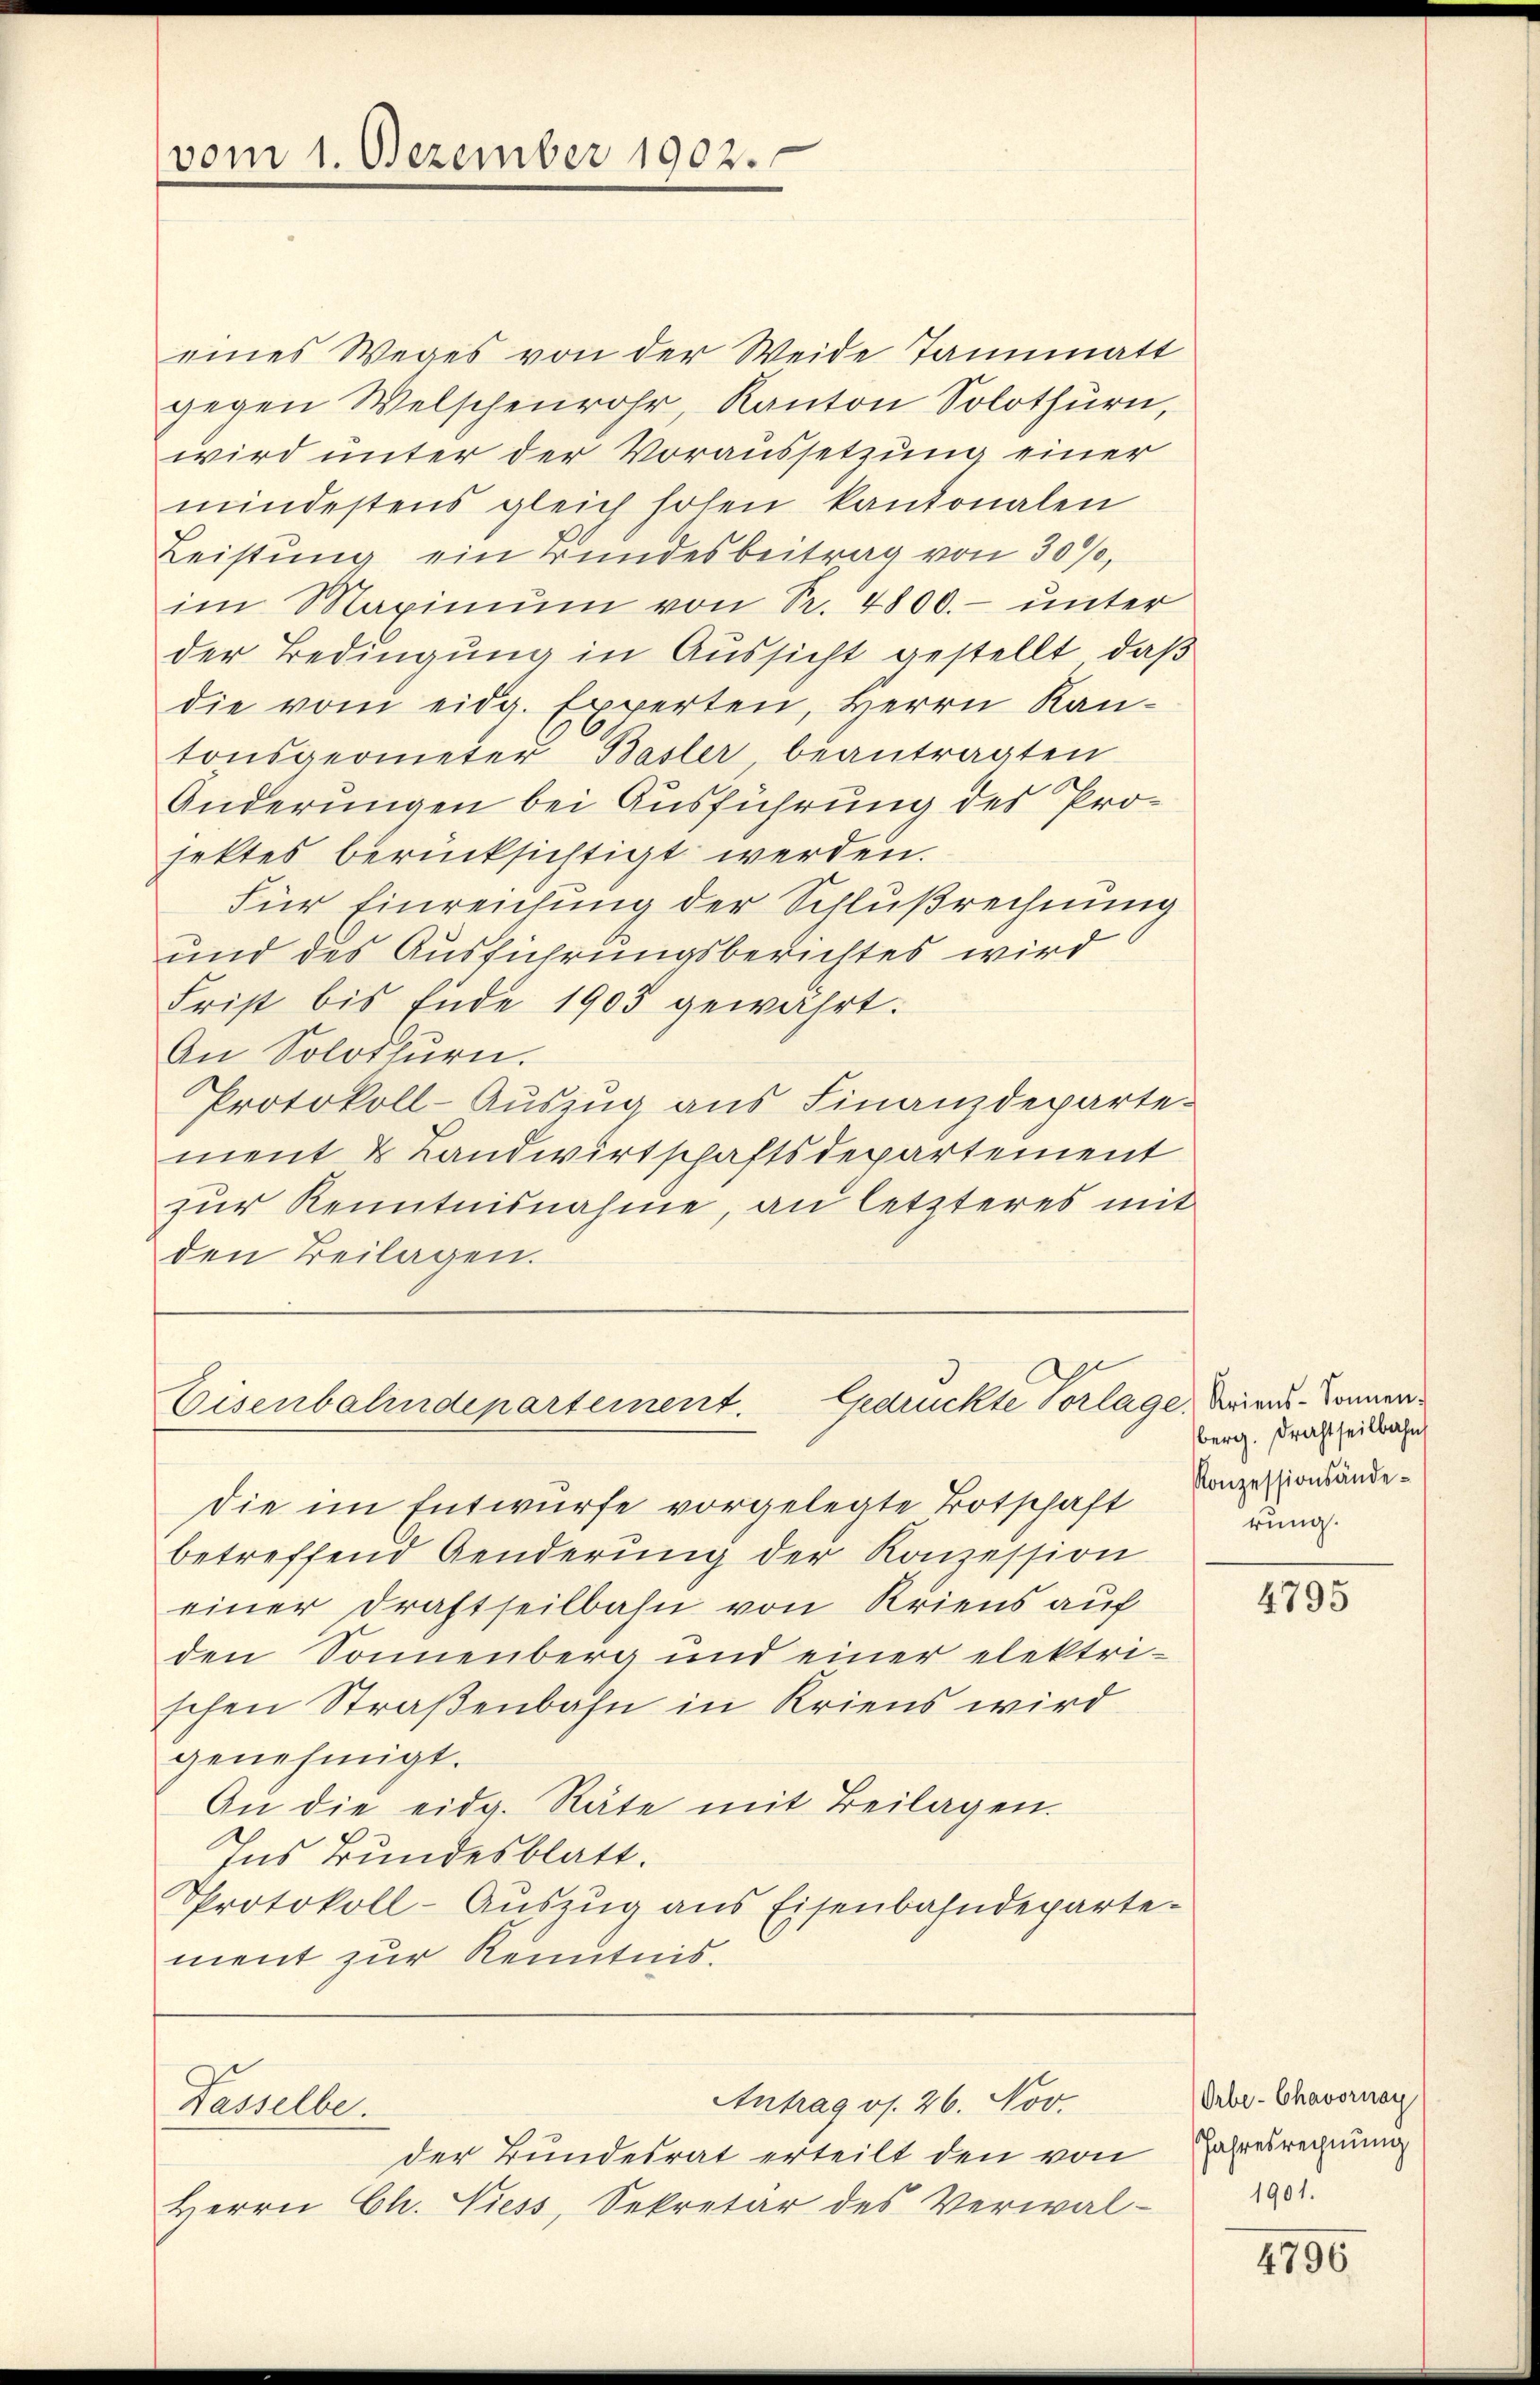
vom 1. Dezember 1902.

eines Weges von der Weide Tannmatt
gegen Welschenrohr, Kanton Solothurn,
wird unter der Voraussetzung einer
mindestens gleich hohen kantonalen
Leistung ein Bundesbeitrag von 30%,
im Maximŭm von Sr. 4800.- unter
der Bedingung in Aussicht gestellt, daß
die vom eidg. Experten, Herrn Kan-
tonsgeometer Basler beantragten
Änderungen bei Ausführung des Projektes berücksichtigt werden.
Für Einreichung der Schlußrechnung
und des Ausführungsberichtes wird
Frist bis Ende 1903 gewährt.
An Solothurn.
Protokoll-Auszug aus Finanzdeparte-
ment & Landwirtschaftsdepartement
zur Kenntnisnahme, an letzteres mit
den Beilagen.

Gedruckte Vorlage, Krien - Sonnen¬
Eisenbahndepartement

die im Entwürfe vorgelegte Botschaft Konzessionsändebetreffend Genderŭng der Konzession
einer Drastheilbahn von Kriens auf
den Sonnenberg und einer elektrischen Straßenbahn in Kriens wird
genehmigt.
Aŭ die eidg. Räte mit Beilagen.
Ins Bundesblatt.
Protokoll-Auszug aus Eisenbahndeparte-
ment zur Kenntnis.

Antrag os. 26. Nov.
Kasselbe.

der Bundesrat erteilt den von
Herrn Ch. Niess, Sekretär des Verwal¬

berg. Drahtheilbahn
rung.

4795

Orbe-Chavornay
Jahresrechnung
1901.

4790